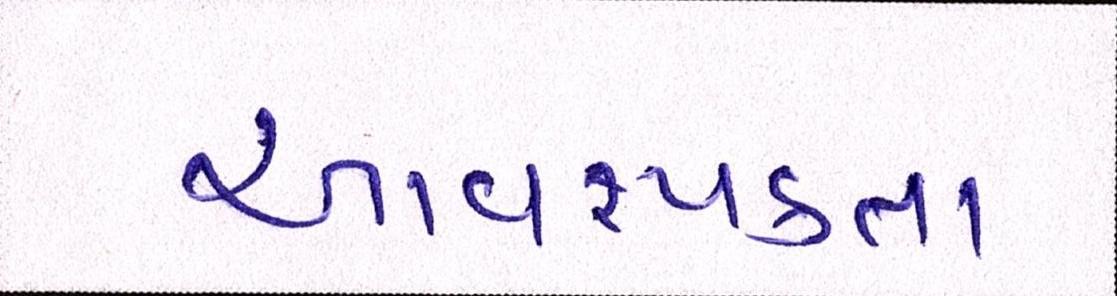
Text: આવશ્યકતા